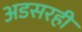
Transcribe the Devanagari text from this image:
अडसरही